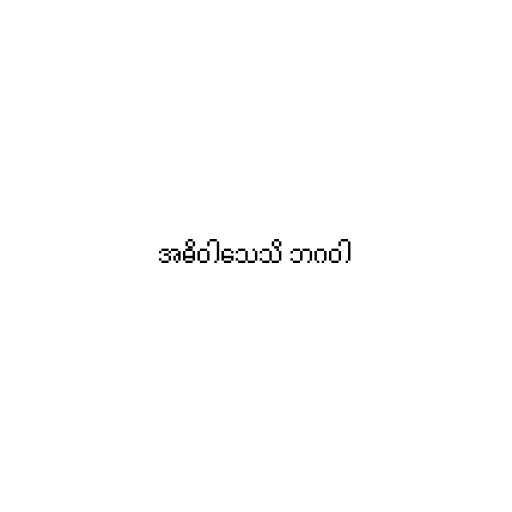
အဓိဝါသေသိ ဘဂဝါ